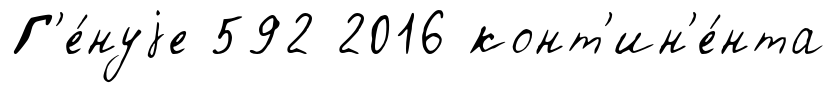
Г'е́нуjе 592 2016 конт'ин'е́нта